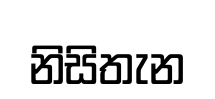
නිසිතැන